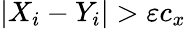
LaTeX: |X_{i}-Y_{i}|>\varepsilon c_{x}